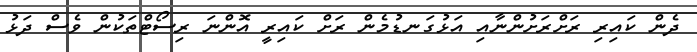
ދެން ކައިރި ރަށްރަށުންނާއި އަޅުގަނޑުމެން ރަށް ކައިރީ އޮންނަ ރިސޯޓްތަކުން ވެސް ދަޅު